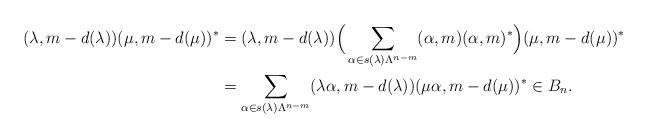
LaTeX: \begin{align*}(\lambda, m-d(\lambda))(\mu, m - d(\mu))^* &= (\lambda, m-d(\lambda))\Big(\sum_{\alpha \in s(\lambda)\Lambda^{n-m}} (\alpha, m)(\alpha,m)^*\Big)(\mu, m - d(\mu))^*\\ &= \sum_{\alpha \in s(\lambda)\Lambda^{n-m}} (\lambda\alpha, m-d(\lambda))(\mu\alpha, m-d(\mu))^* \in B_n.\end{align*}